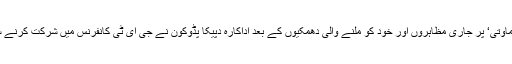
دوسری جانب فلم ’پدماوتی‘ پر جاری مظاہروں اور خود کو ملنے والی دھمکیوں کے بعد اداکارہ دپیکا پڈوکون نے جی ای ٹی کانفرنس میں شرکت کرنے سے انکار کردیا ہے۔